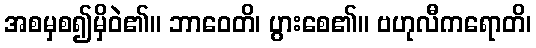
အစမှစ၍မှိဝဲ၏။ ဘာဝေတိ၊ ပွားစေ၏။ ဗဟုလီကရောတိ၊